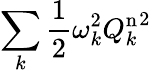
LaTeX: \sum_{k}\frac{1}{2}\omega_{k}^{2}{Q_{k}^{\mathrm{n}}}^{2}